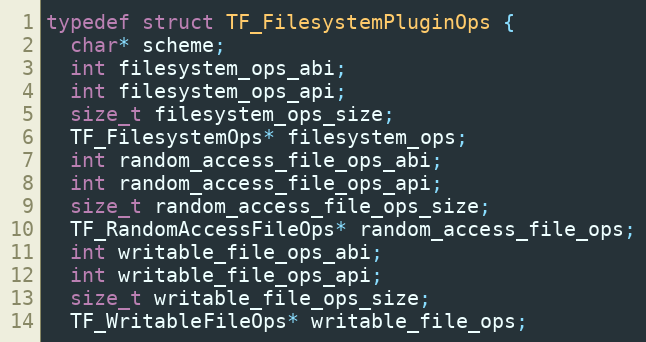
Language: C
typedef struct TF_FilesystemPluginOps {
  char* scheme;
  int filesystem_ops_abi;
  int filesystem_ops_api;
  size_t filesystem_ops_size;
  TF_FilesystemOps* filesystem_ops;
  int random_access_file_ops_abi;
  int random_access_file_ops_api;
  size_t random_access_file_ops_size;
  TF_RandomAccessFileOps* random_access_file_ops;
  int writable_file_ops_abi;
  int writable_file_ops_api;
  size_t writable_file_ops_size;
  TF_WritableFileOps* writable_file_ops;